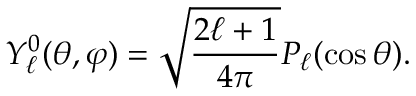
Y _ { \ell } ^ { 0 } ( \theta , \varphi ) = { \sqrt { \frac { 2 \ell + 1 } { 4 \pi } } } P _ { \ell } ( \cos \theta ) .